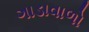
ગાડાવાળો